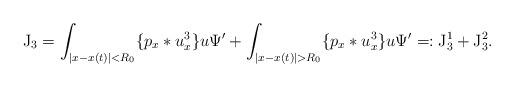
LaTeX: \begin{align*}\mathrm{J}_3=\int_{\vert x-x(t)\vert<R_0} \{p_x*u_x^3\}u\Psi'+\int_{\vert x-x(t)\vert>R_0} \{p_x*u_x^3\}u\Psi'=:\mathrm{J}_3^1+\mathrm{J}_3^2.\end{align*}